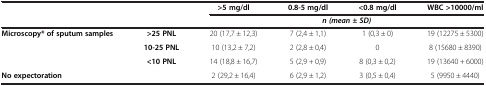
<table><thead><tr><td colspan="2"><b> </b></td><td><b>&gt;5 mg/dl</b></td><td><b>0.8-5 mg/dl</b></td><td><b>&lt;0.8 mg/dl</b></td><td><b>WBC &gt;10000/ml</b></td></tr><tr><td colspan="2"><b> </b></td><td colspan="4"><b><i>n (mean ± SD)</i></b></td></tr></thead><tbody><tr><td rowspan="3"><b>Microscopy* of sputum samples</b></td><td><b>&gt;25 PNL</b></td><td>20 (17,7 ± 12,3)</td><td>7 (2,4 ± 1,1)</td><td>1 (0,3 ± 0)</td><td>19 (12275 ± 5300)</td></tr><tr><td><b>10-25 PNL</b></td><td>10 (13,2 ± 7,2)</td><td>2 (2,8 ± 0,4)</td><td>0</td><td>8 (15680 ± 8390)</td></tr><tr><td><b>&lt;10 PNL</b></td><td>14 (18,8 ± 16,7)</td><td>5 (2,9 + 0,9)</td><td>8 (0,3 ± 0,2)</td><td>19 (13640 + 6000)</td></tr><tr><td colspan="2"><b>No expectoration</b></td><td>2 (29,2 ± 16,4)</td><td>6 (2,9 ± 1,2)</td><td>3 (0,5 ± 0,4)</td><td>5 (9950 ± 4440)</td></tr></tbody></table>